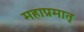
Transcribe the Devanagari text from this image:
महाप्रमातृ